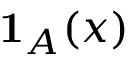
\mathbf { 1 } _ { A } ( x )